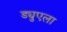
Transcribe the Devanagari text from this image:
ड्युएला